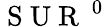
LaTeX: \mathrm{~S~U~R~}^{\mathrm{~0~}}